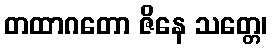
တထာဂတော ဇိနေ သတ္တေ၊